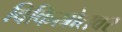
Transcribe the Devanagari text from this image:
विकिस्रोतवर